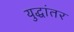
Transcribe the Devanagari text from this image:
युद्धांतर